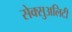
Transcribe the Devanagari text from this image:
सेक्सुअलिटी